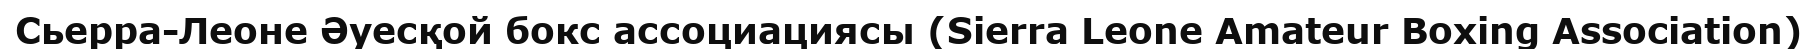
Сьерра-Леоне Әуесқой бокс ассоциациясы (Sierra Leone Amateur Boxing Association)